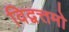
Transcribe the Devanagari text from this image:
विद्वत्तमो